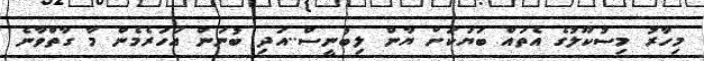
މިހާރު މިސުކޫލުގެ އެތައް ބަޔަކަށް ޔާން ލިބުނީސް..އަދި ބުނަން އަހަރެމެން މާ ގާތްވާނެ